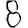
Digit: 8